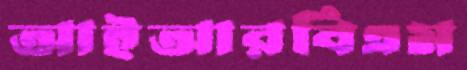
আইআরবিএম